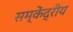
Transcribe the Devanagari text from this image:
सम्केंद्रीय